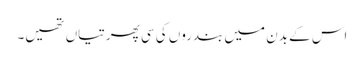
اس کے بدن میں بندروں کی سی پھرتیاں تھیں۔